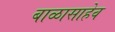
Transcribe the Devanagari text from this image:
बाळासाहेव